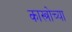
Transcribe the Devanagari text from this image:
कास्त्रोच्या